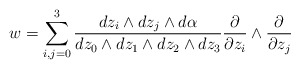
\begin{align*}w=\sum_{i,j=0}^{3}\frac{dz_i \wedge dz_j \wedge d\alpha}{dz_0\wedge dz_1\wedge dz_2\wedge dz_3}\frac{\partial }{\partial z_i}\wedge \frac{\partial }{\partial z_j}\end{align*}